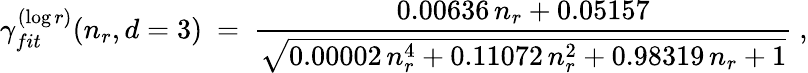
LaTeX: \gamma_{fit}^{(\log r)}(n_{r},d=3)\ =\ \frac{0.00636\, n_{r}+0.05157}{\sqrt{0.00002\, n_{r}^{4}+0.11072\, n_{r}^{2}+0.98319\, n_{r}+1}}\ ,